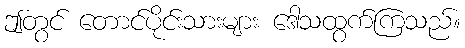
ဤတွင် တောင်ပိုင်းသားများ ဒေါသထွက်ကြသည်။